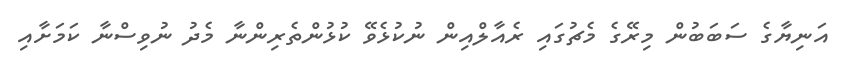
އަނިޔާގެ ސަބަބުން މިރޭގެ މެޗުގައި ރެއާލްއިން ނުކުޅެވޭ ކުޅުންތެރިންނާ މެދު ނުވިސްނާ ކަމަށާއި